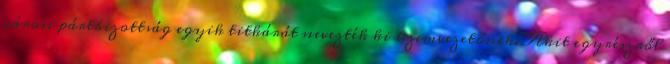
városi pártbizottság egyik titkárát nevezték ki üzemvezetőnek. Akit egyrészről